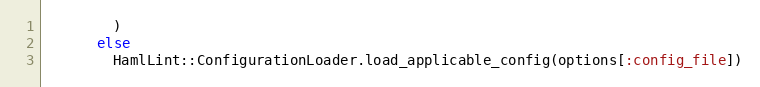
Language: Ruby
        )
      else
        HamlLint::ConfigurationLoader.load_applicable_config(options[:config_file])